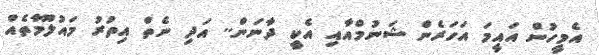
އެމީހުން އައީމަ އަހަރެން ޝަނުމްއާއި އެކީ ދާނަން.. އަދި ނެތް އިތުރު މައުލޫމާތެއް